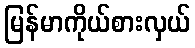
မြန်မာကိုယ်စားလှယ်